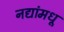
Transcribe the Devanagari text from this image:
नद्यांमधू